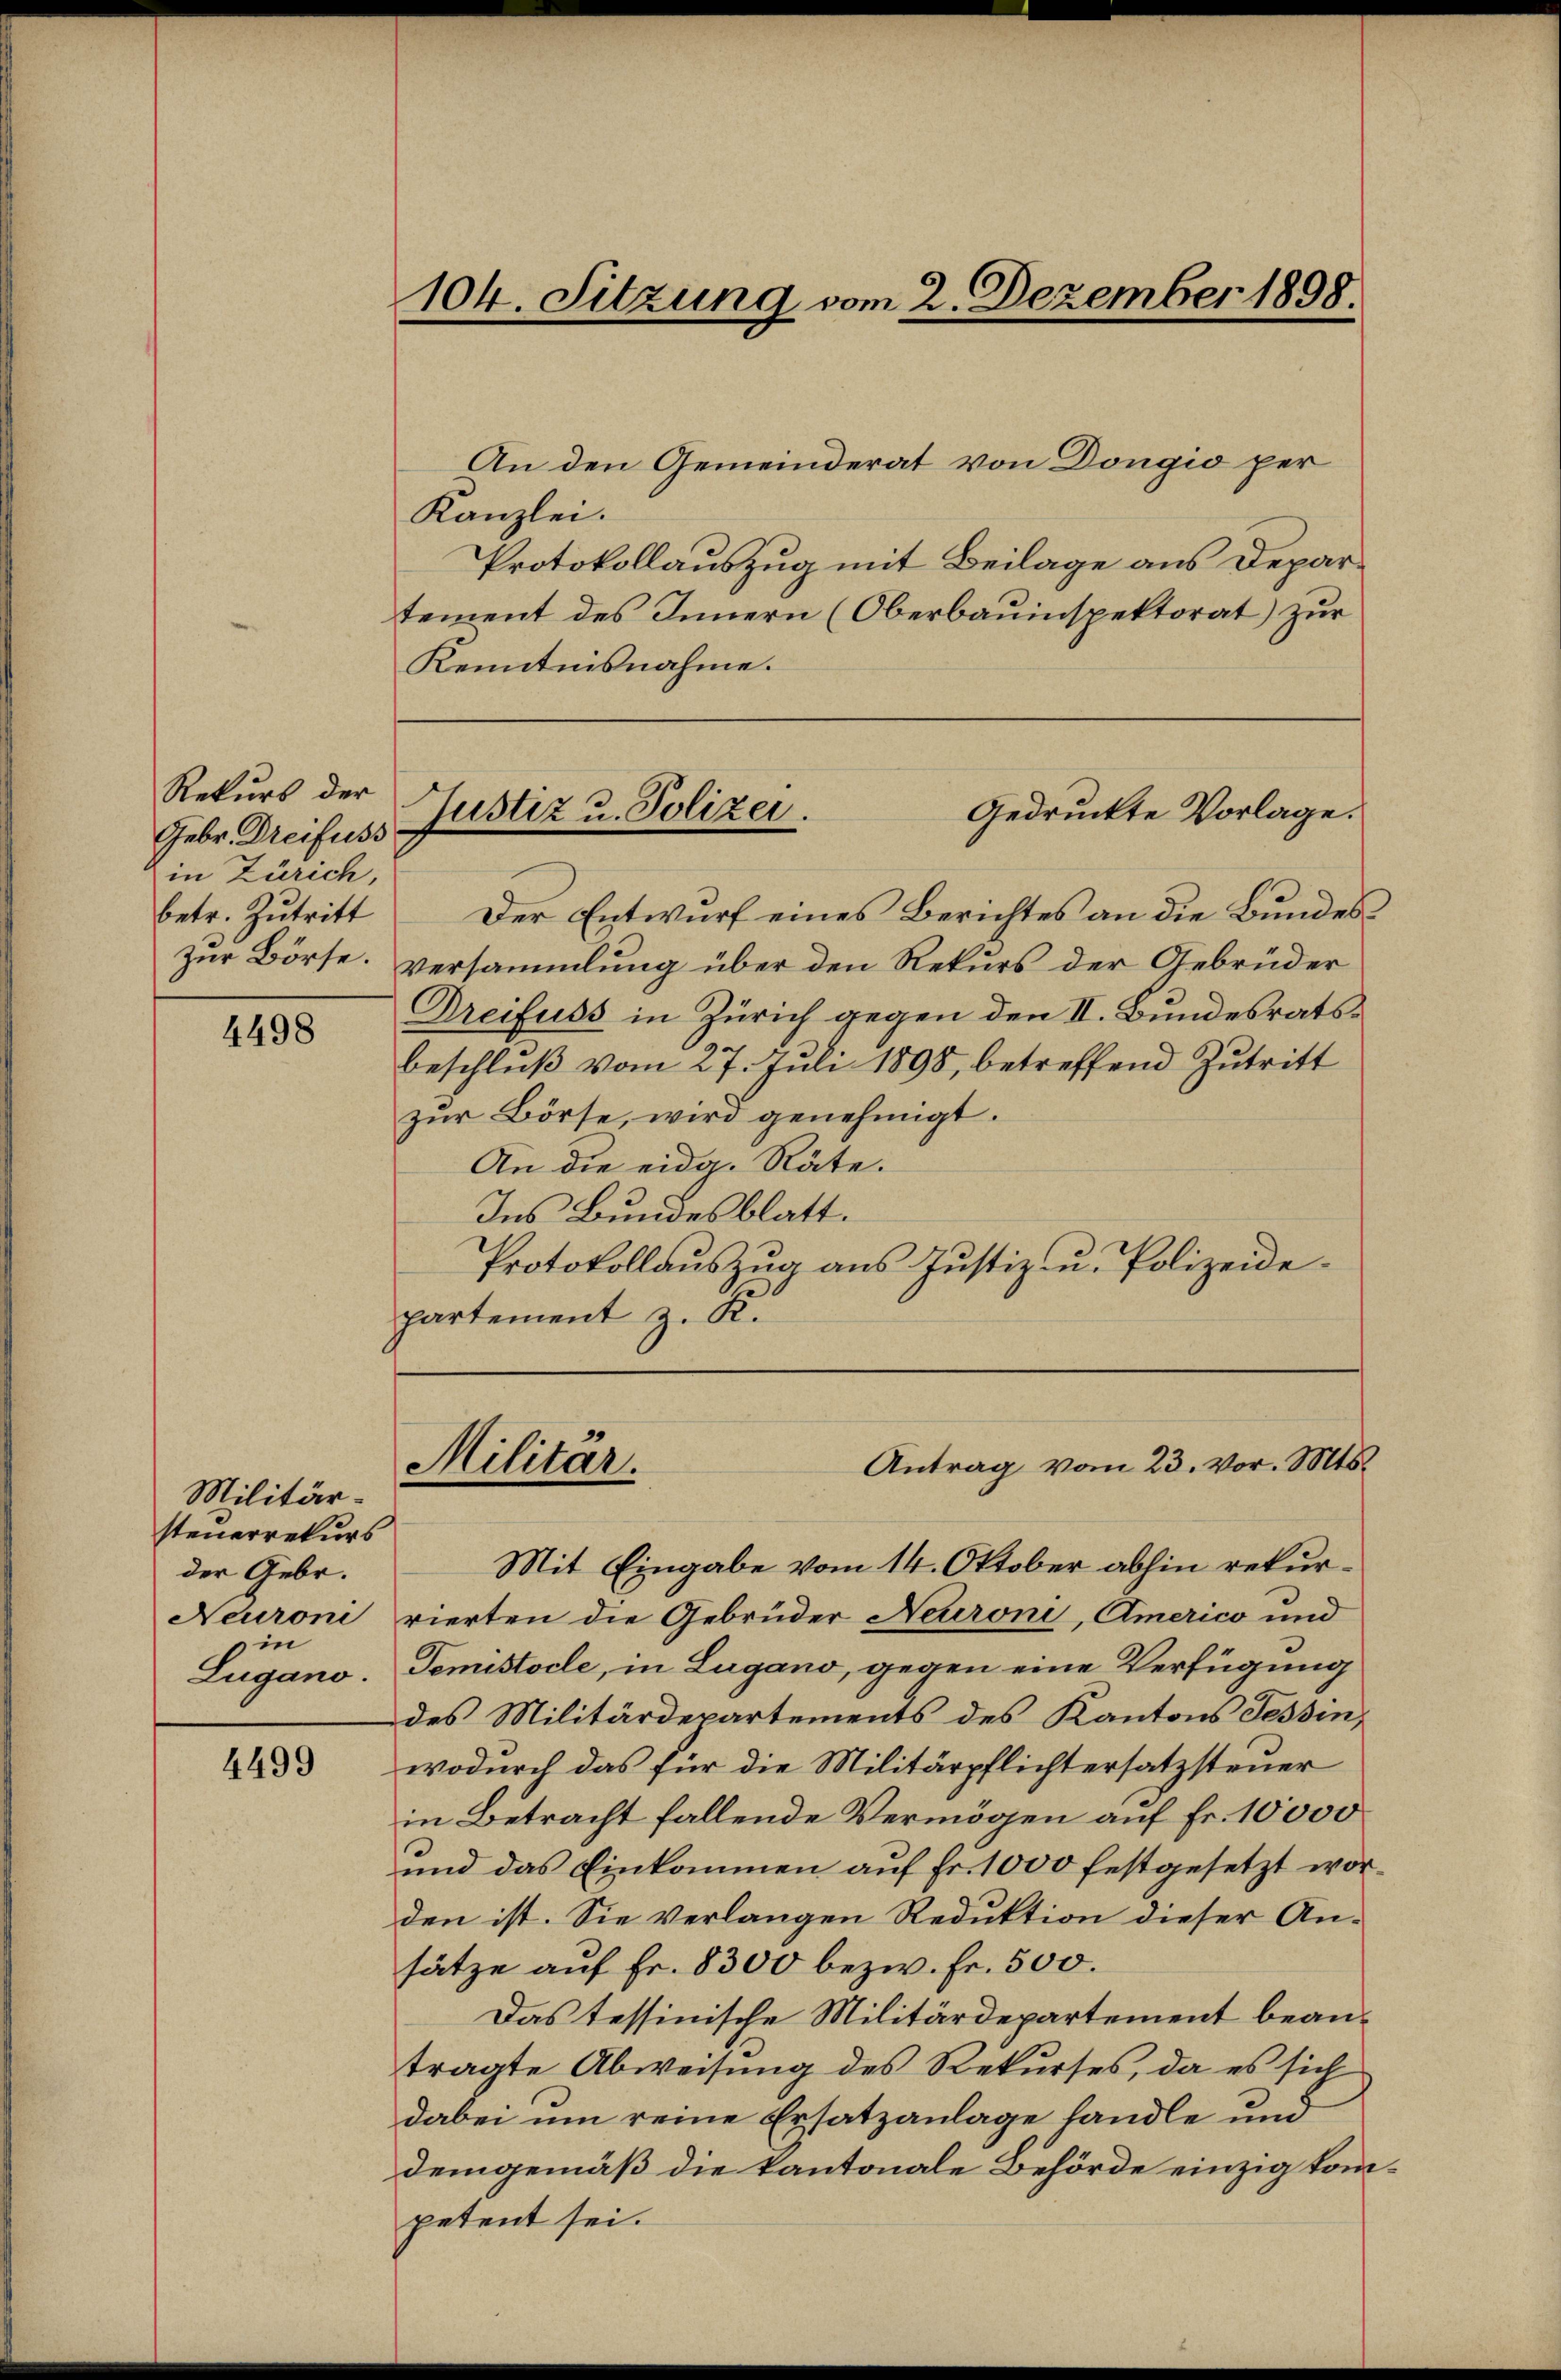
Rekurs der
Gebr. Dreifuss
in Zürich,
betr. Zutritt

4498

Militärsteuerrekurs
der Gebr.
Neuroni
in
Lugano.

4499

An den Gemeinderat von Dongio per
Kanzlei.
Protokollauszug mit Beilage aus Departement des Innern (Oberbauinspektorat) zur
Der Entwurf eines Berichtes an die Bundeszur Börse. Versammlung über den Rekurs der Gebrüder
Dreifuss in Zürich gegen den II. Bundesratsbeschlŭβ vom 27. Juli 1898, betreffend Zutritt
zŭr Börse, wird genehmigt.
An die eidg. Räte.
Ins Bundesblatt.
Protokollaŭszŭg ans Justiz- u. Polizeide
partement z. K.

Kenntnisnahme.

104. Sitzung vom 2. Dezember 1898.

Gedruckte Vorlage.
Justiz u. Polizei.

Antrag vom 23. vor. Mts.
Militär.

¬

Mit Eingabe vom 14. Oktober abhin rekurrierten die Gebrüder Neuroni, Americo und
Tomistocle, in Lugano, gegen eine Verfügung
des Militärdepartements des Kantons Tessin,
wodurch das für die Militärpflichtersatzsteuer
in Betracht fallende Vermögen auf Fr. 10000
und das Einkommen auf Fr. 1000 festgesetzt worden ist. Sie verlangen Reduktion dieser An-
sätze auf Fr. 8300 bezw. Fr. 500.
Das tessinische Militärdepartement beantragte Abweisung des Rekurses, da es sich
dabei um reine Ersatzanlage handle und
demgemäß die kantonale Behörde einzig kompetent sei.